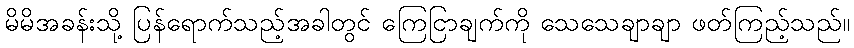
မိမိအခန်းသို့ ပြန်ရောက်သည့်အခါတွင် ကြေငြာချက်ကို သေသေချာချာ ဖတ်ကြည့်သည်။